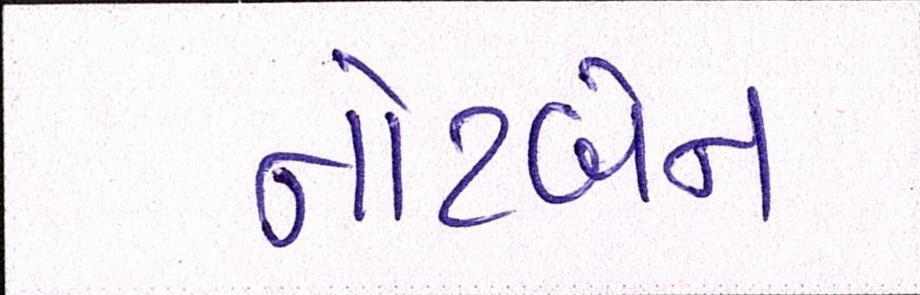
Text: નોટબેન